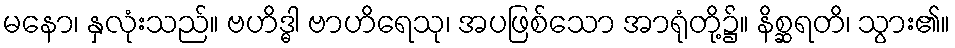
မနော၊ နှလုံးသည်။ ဗဟိဒ္ဓါ ဗာဟိရေသု၊ အပဖြစ်သော အာရုံတို့၌။ နိစ္ဆရတိ၊ သွား၏။